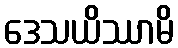
ဒေသယိဿာမိ